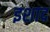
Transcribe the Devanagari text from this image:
इशाद